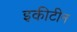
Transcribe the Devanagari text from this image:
इकीटीन